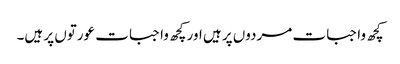
کچھ واجبات مردوں پر ہیں اور کچھ واجبات عورتوں پر ہیں۔